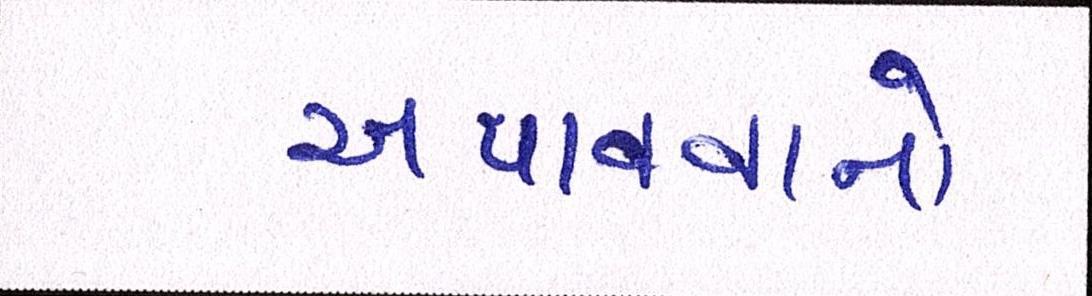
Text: અપાવવાનો